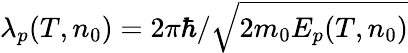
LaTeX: \lambda_{p}(T,n_{0})=2\pi\hbar/\sqrt{2m_{0}E_{p}(T,n_{0})}